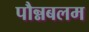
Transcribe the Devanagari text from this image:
पौन्नबलम